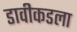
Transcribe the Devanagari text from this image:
डावीकडला